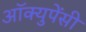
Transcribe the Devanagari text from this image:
अॉक्युपेंसी